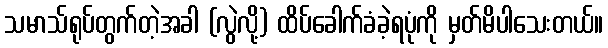
သမာသ်ရုပ်တွက်တဲ့အခါ (လွဲလို့) ထိပ်ခေါက်ခံခဲ့ရပုံကို မှတ်မိပါသေးတယ်။